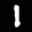
Label: 1